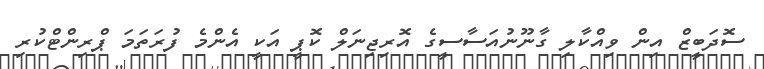
ސޮދަބީޒް އިން ވިއްކާލި ގާނޫނުއަސާސީގެ އޮރިޖިނަލް ކޮޕީ އަކީ އެންމެ ފުރަތަމަ ޕްރިންޓްކުރި